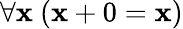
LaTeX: \forall\mathbf{x}\ (\mathbf{x}+0=\mathbf{x})